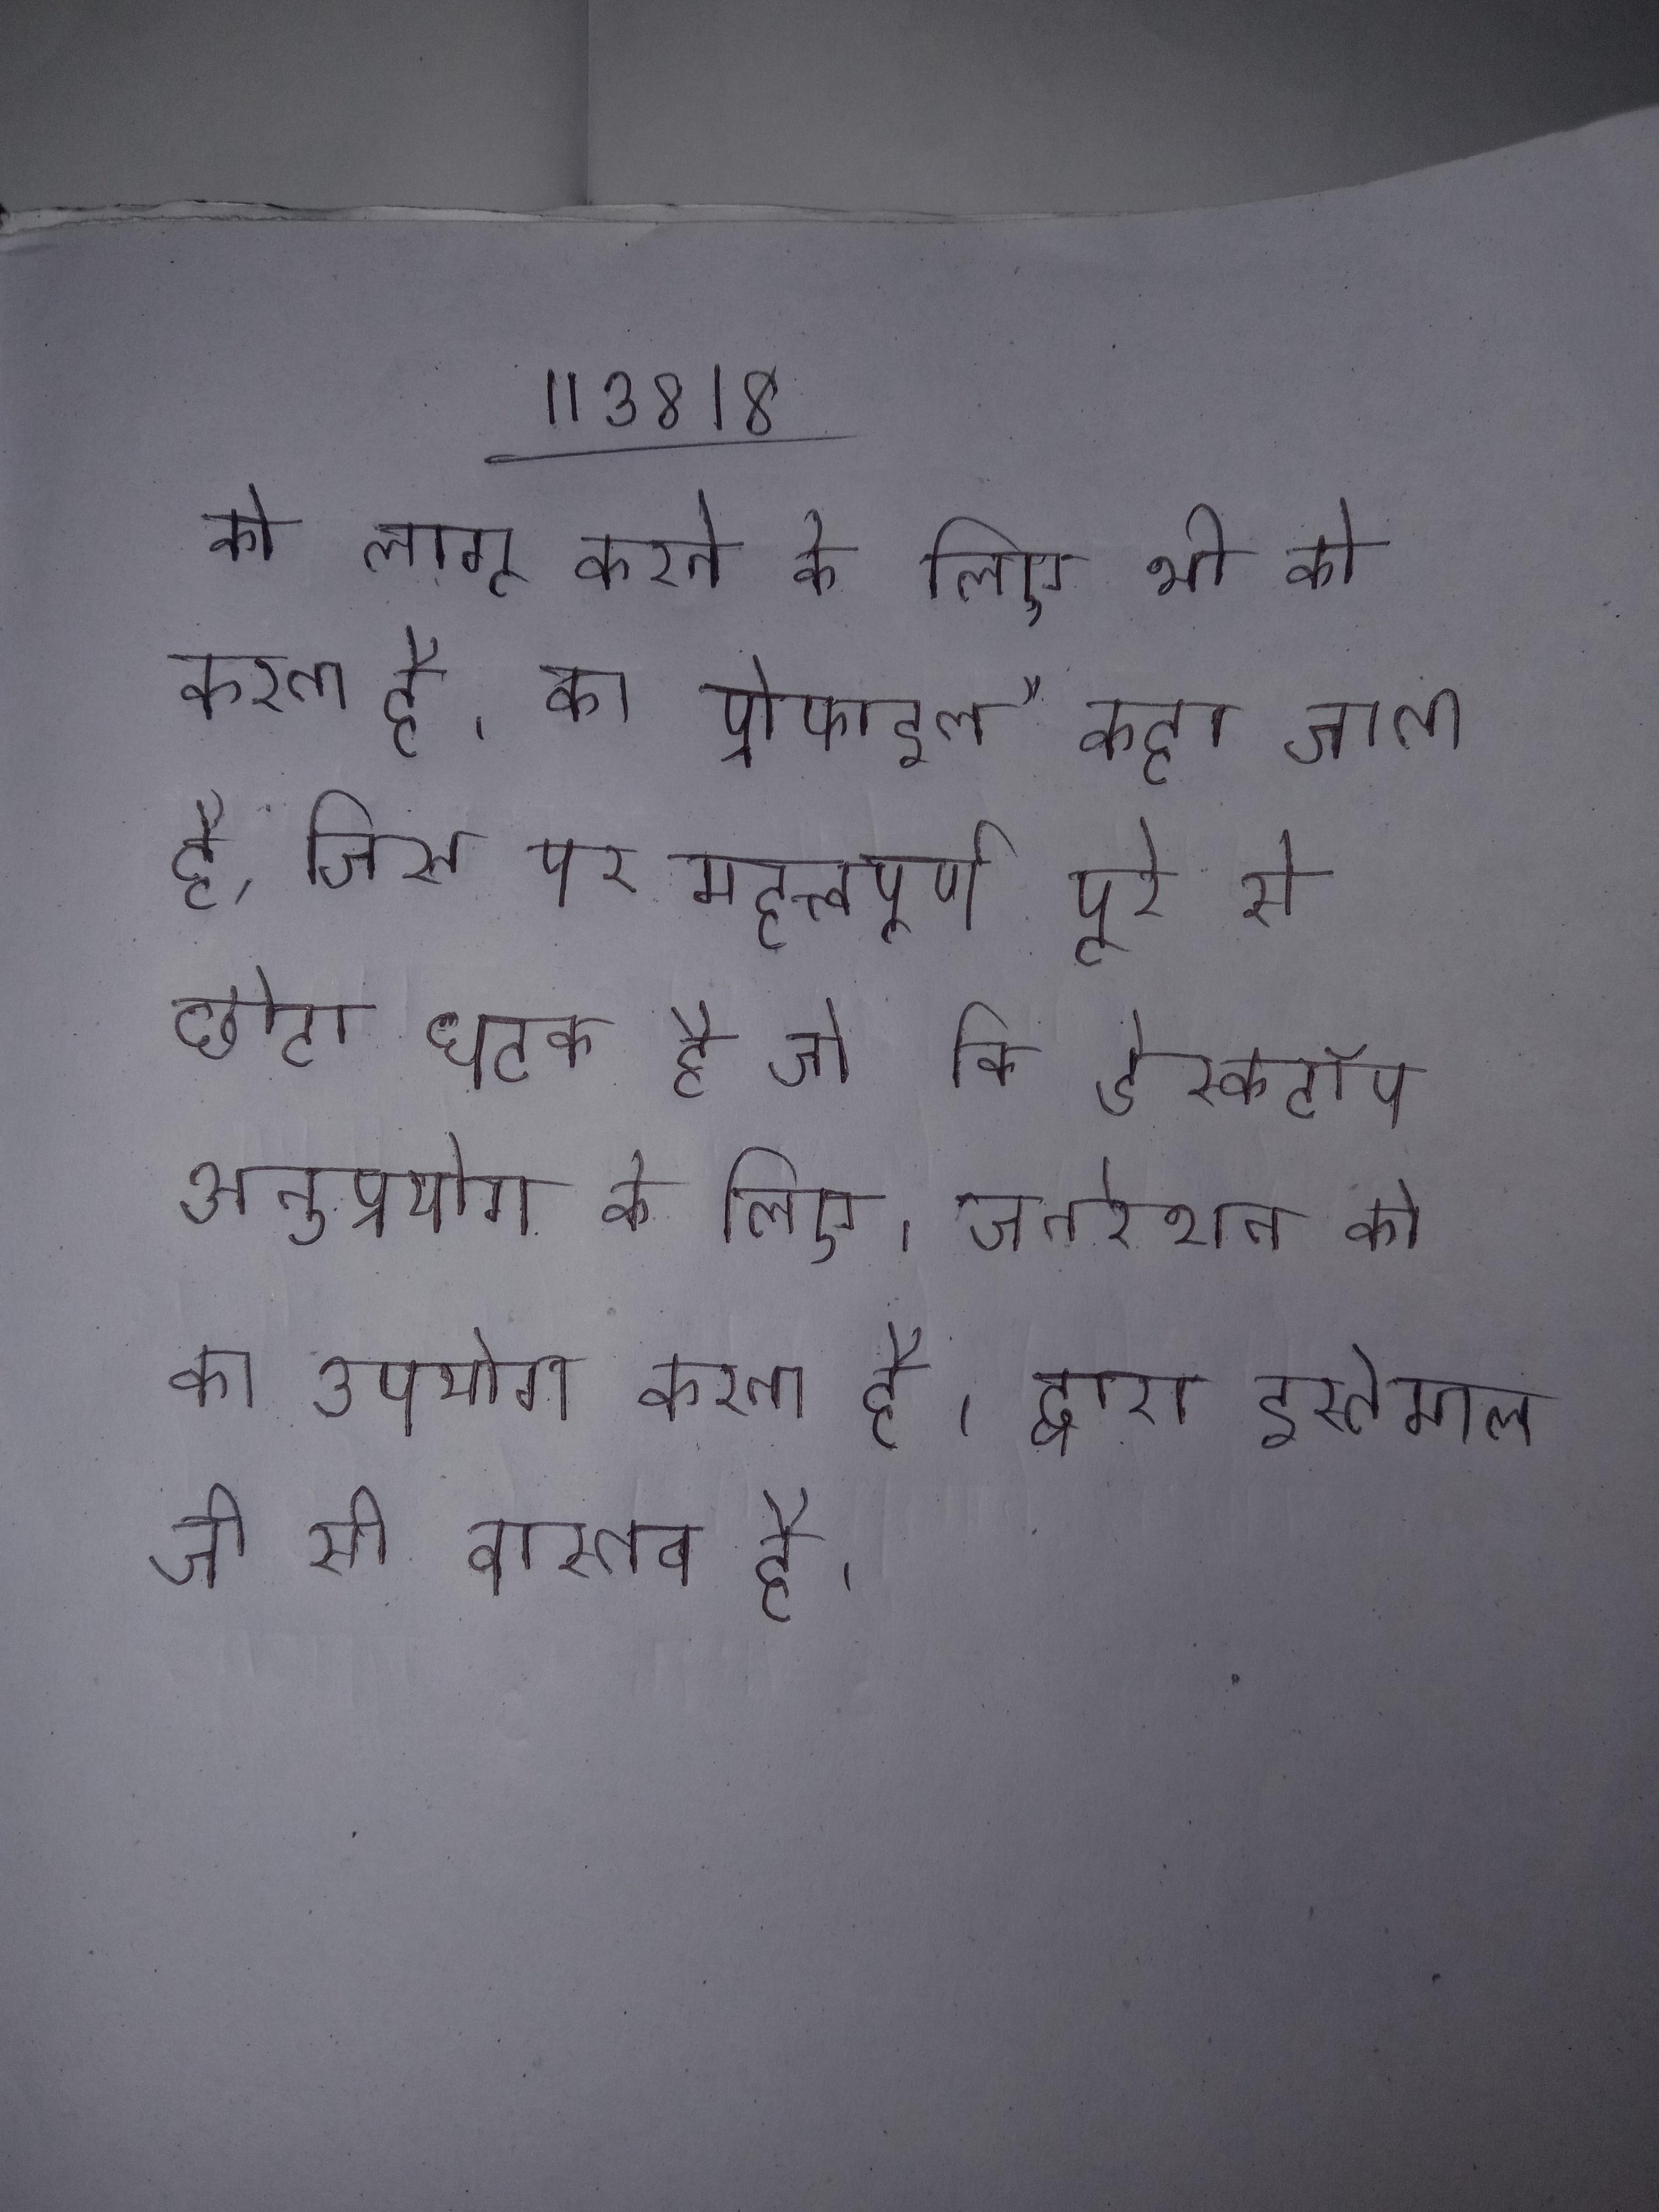
को लागू करने के लिए भी को करता है । का प्रोफाइल" कहा जाता है, जिस पर महत्त्वपूर्ण पूरे से छोटा घटक है जो कि डेस्कटॉप अनुप्रयोग के लिए । जनरेशन को का उपयोग करता है । द्वारा इस्तेमाल जी सी वास्तव है ।